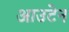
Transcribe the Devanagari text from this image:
आउटेन